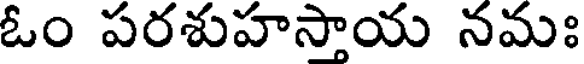
ఓం పరశుహస్తాయ నమః